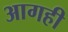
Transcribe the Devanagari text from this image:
आगही